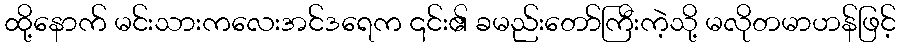
ထို့နောက် မင်းသားကလေးအင်ဒရေက ၎င်း၏ ခမည်းတော်ကြီးကဲ့သို့ မလိုတမာဟန်ဖြင့်